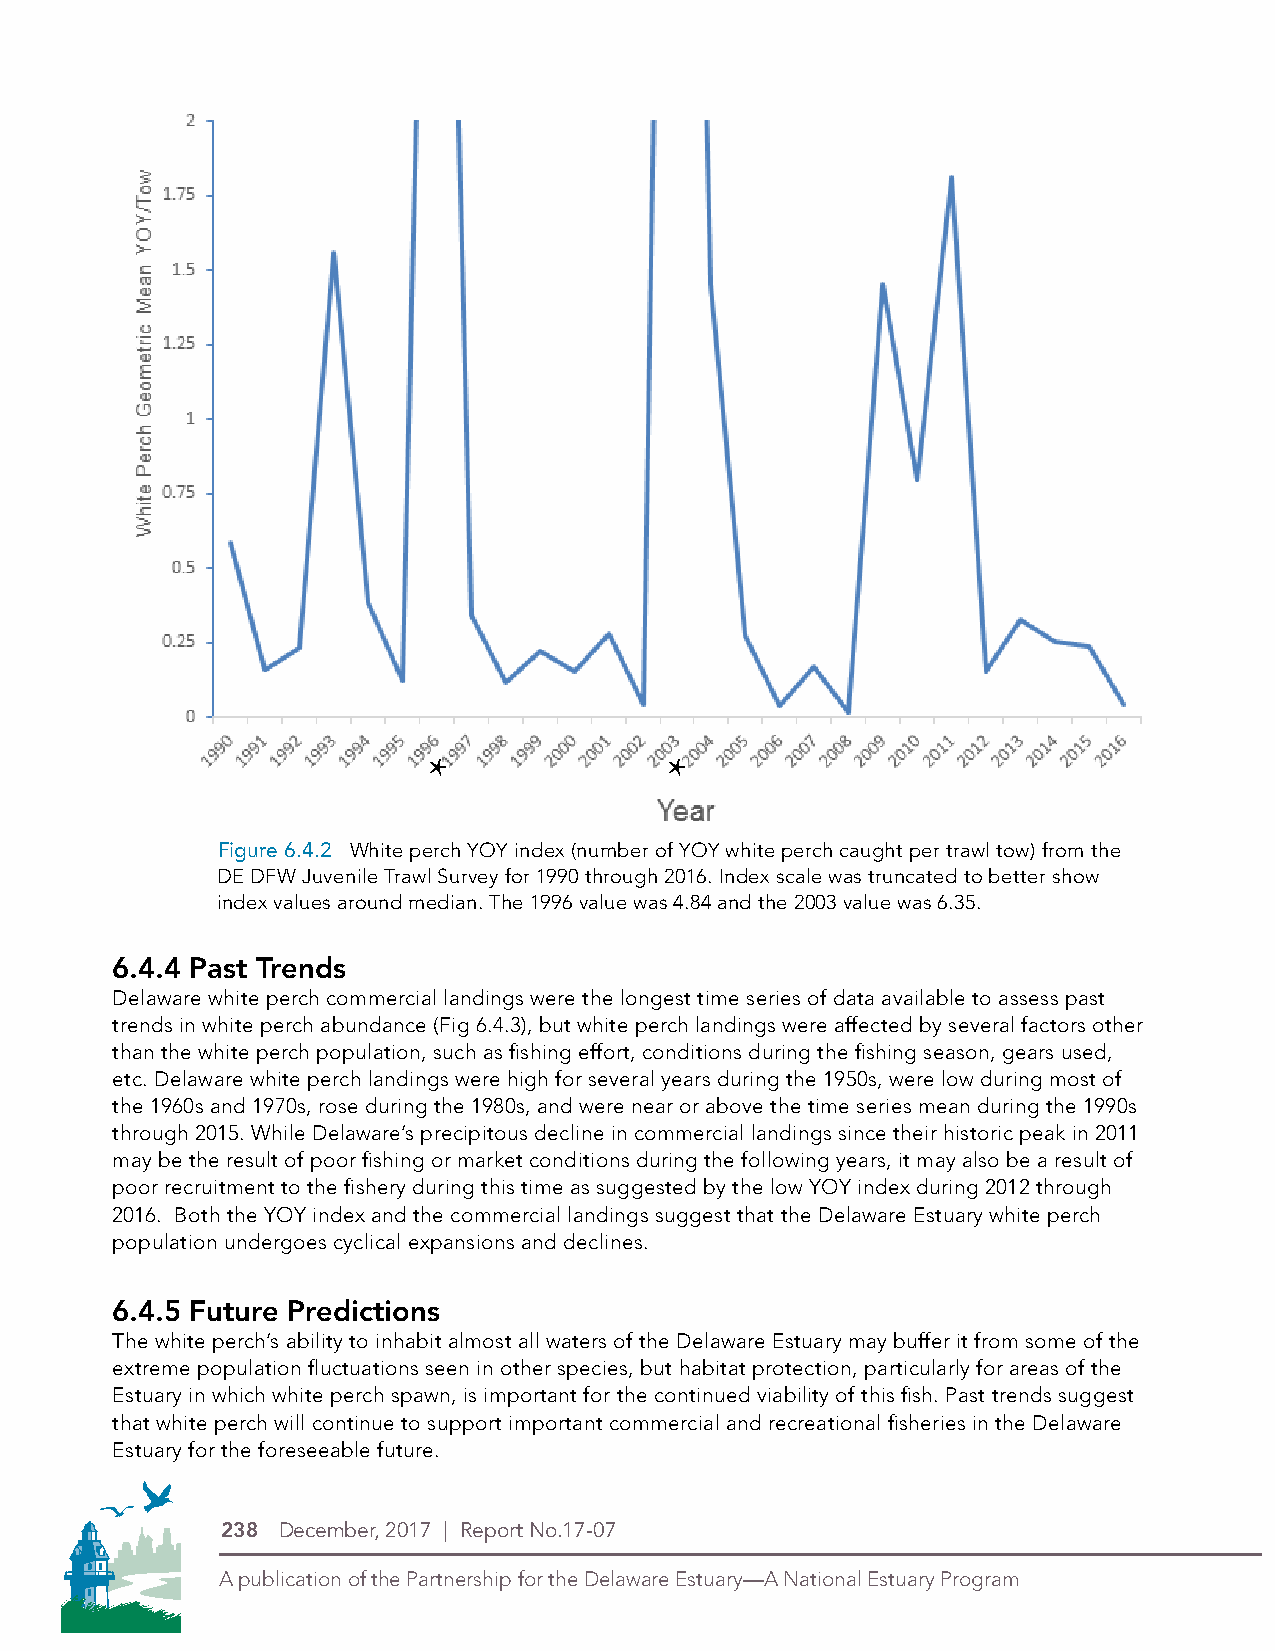
*               *
 Figure 6.4.2 White perch YOY index (number of YOY white perch caught per trawl tow) from the
 DE DFW Juvenile Trawl Survey for 1990 through 2016. Index scale was truncated to better show
 index values around median. The 1996 value was 4.84 and the 2003 value was 6.35.
 6.4.4 Past Trends
 Delaware white perch commercial landings were the longest time series of data available to assess past
 trends in white perch abundance (Fig 6.4.3), but white perch landings were affected by several factors other
 than the white perch population, such as fishing effort, conditions during the fishing season, gears used,
 etc. Delaware white perch landings were high for several years during the 1950s, were low during most of
 the 1960s and 1970s, rose during the 1980s, and were near or above the time series mean during the 1990s
 through 2015. While Delaware’s precipitous decline in commercial landings since their historic peak in 2011
 may be the result of poor fishing or market conditions during the following years, it may also be a result of
 poor recruitment to the fishery during this time as suggested by the low YOY index during 2012 through
 2016. Both the YOY index and the commercial landings suggest that the Delaware Estuary white perch
 population undergoes cyclical expansions and declines.
 6.4.5 Future Predictions
 The white perch’s ability to inhabit almost all waters of the Delaware Estuary may buffer it from some of the
 extreme population fluctuations seen in other species, but habitat protection, particularly for areas of the
 Estuary in which white perch spawn, is important for the continued viability of this fish. Past trends suggest
 PDE Logos in 4-Color Process (CMYK)
 that white perch will continue to support important commercial and recreational fisheries in the Delaware
 Estuary for thTeH ISf oIS rTeHEs NeEeWa LbOGleO future.
 238 December, 2017 | Report No.17-07
 A publication of the Partnership for the Delaware Estuary—A National Estuary Program
 Symbol Alone
 Logo with stacked type
 Type Alone